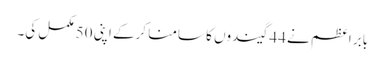
بابر اعظم نے 44 گیندوں کا سامنا کرکے اپنی 50 مکمل کی۔